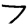
Digit: 7